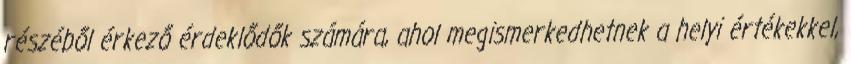
részéből érkező érdeklődők számára, ahol megismerkedhetnek a helyi értékekkel,